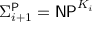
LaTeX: \Sigma _ { i + 1 } ^ { \mathsf { P } } = { \mathsf { N P } } ^ { K _ { i } }